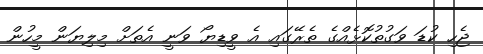
ޖެހި ކުޑަ ވަގުތުކޮޅެއްގެ ތެރޭގައި އެ ވީޑިޔޯ ވަނީ އެތަށް މިލިޔަން މީހުން